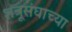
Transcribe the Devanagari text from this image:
शत्रूसंघाच्या